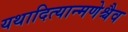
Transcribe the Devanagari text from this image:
यथादित्यान्मणेश्चैव